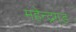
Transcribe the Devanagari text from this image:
महेन्द्रगड